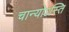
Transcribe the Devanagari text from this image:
चान्योऽस्ति